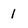
Character: 1